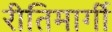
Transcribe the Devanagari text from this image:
रीतिमार्गी